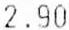
2.90